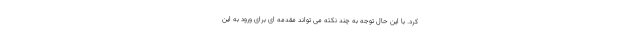
کرد. با این حال توجه به چند نکته می تواند مقدمه ای برای ورود به این